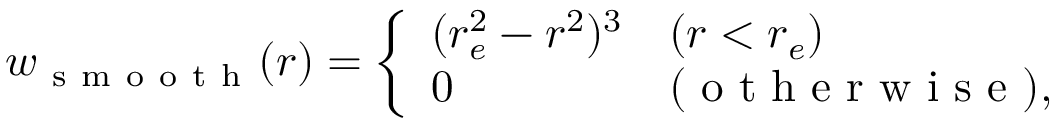
\begin{array} { r } { w _ { \mathrm { ~ s ~ m ~ o ~ o ~ t ~ h ~ } } ( r ) = \left\{ \begin{array} { l l } { ( r _ { e } ^ { 2 } - r ^ { 2 } ) ^ { 3 } } & { ( r < r _ { e } ) } \\ { 0 } & { ( \mathrm { ~ o ~ t ~ h ~ e ~ r ~ w ~ i ~ s ~ e ~ } ) , } \end{array} \right. } \end{array}